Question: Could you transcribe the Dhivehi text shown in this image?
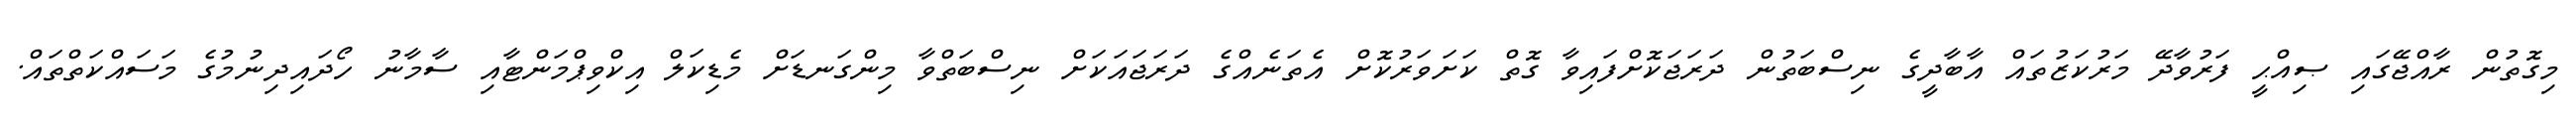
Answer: މިގޮތުން ރާއްޖޭގައި ޞިއްޙީ ފަރުވާދޭ މަރުކަޒުތައް އާބާދީގެ ނިސްބަތުން ދަރަޖަކޮށްފައިވާ ގޮތް ކަށަވަރުކޮށް އެތަނެއްގެ ދަރަޖައަކަށް ނިސްބަތްވާ މިންގަނޑަށް މެޑިކަލް އިކްވިޕްމަންޓާއި ސާމާނު ހޯދައިދިނުމުގެ މަސައްކަތްތައް.